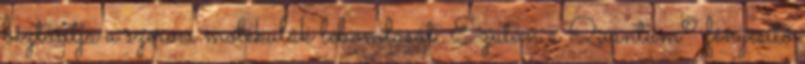
biztosítja a szerves molekulák lebomlását. Ezután a Quantum® fényesítő